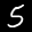
Label: 5